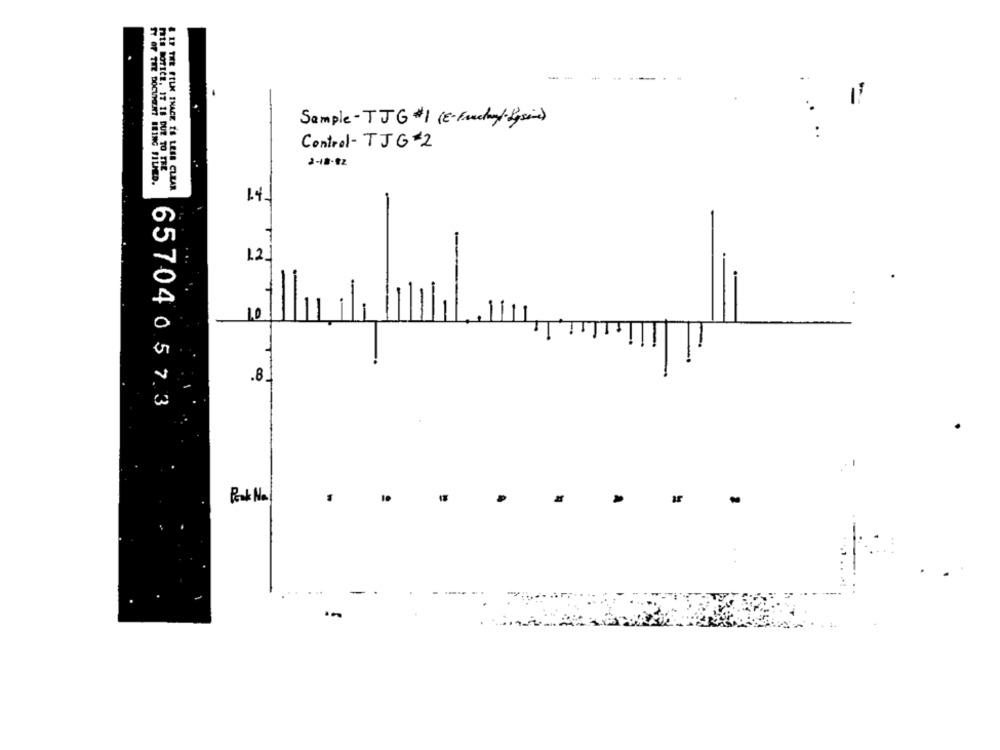
..
:
Sample-TJG #1 ( E-Punchy/ Lysine)
Control- TJG 2
2-18-82
Pts NOTICE, IT 18 DUE TO TRE
TY OF THE DOCUMENT IRING FILMED.
& IF THE FOLK THACK IS LESS CLEAR
12
.8.
65704 0 57.3
10